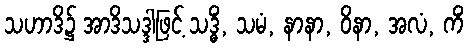
သဟာဒိ၌ အာဒိသဒ္ဒါဖြင့် သဒ္ဓိံ, သမံ, နာနာ, ဝိနာ, အလံ, ကိံ